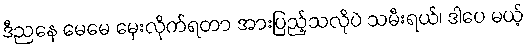
ဒီညနေ မေမေ မှေးလိုက်ရတာ အားပြည့်သလိုပဲ သမီးရယ်၊ ဒါပေ မယ့်